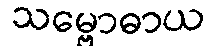
သမ္ဗောဓာယ